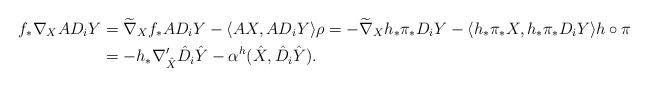
LaTeX: \begin{align*} f_{*}\nabla_X AD_iY&=\widetilde{\nabla}_X f_{*}AD_iY -\langle AX,AD_iY\rangle \rho=-\widetilde{\nabla}_X h_{*}\pi_{*}D_i Y-\langle h_{*}\pi_{*}X,h_{*}\pi_{*} D_iY\rangle h\circ\pi\\ &=-h_{*}\nabla'_{\hat{X}}\hat{D}_i\hat{Y}-\alpha^h(\hat{X},\hat{D}_i\hat{Y}). \end{align*}